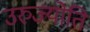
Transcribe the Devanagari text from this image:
उरुज्योति